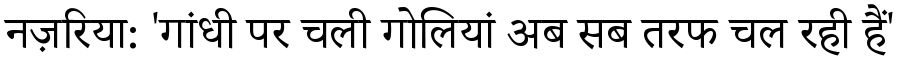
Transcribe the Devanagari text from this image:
नज़रिया: 'गांधी पर चली गोलियां अब सब तरफ चल रही हैं'